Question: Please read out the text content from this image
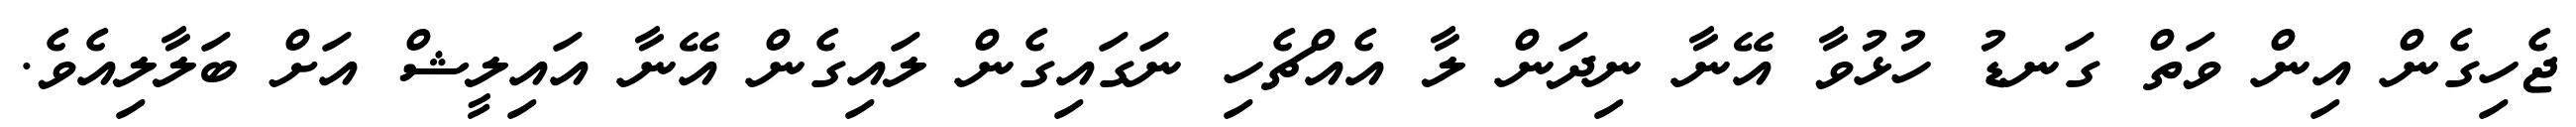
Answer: ޖެހިގެން އިން ވަތް ގަނޑު ހުޅުވާ އޭނާ ނިދަން ލާ އެއްޗެހި ނަގައިގެން ލައިގެން އޭނާ އައިލީޝް އަށް ބަލާލިއެވެ.